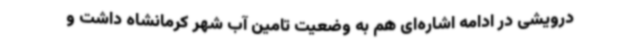
درویشی در ادامه اشاره‌ای هم به وضعیت تامین آب شهر کرمانشاه داشت و